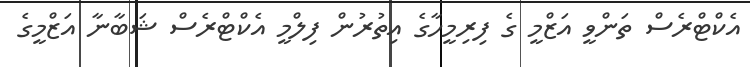
އެކްޓްރެސް ތަންވީ އަޒްމީ ގެ ފިރިމީހާގެ އިތުރުން ފިލްމީ އެކްޓްރެސް ޝަބާނާ އަޒްމީގެ